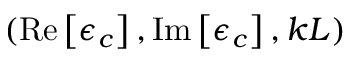
( \mathrm { R e } \left[ \epsilon _ { c } \right] , \mathrm { I m } \left[ \epsilon _ { c } \right] , k L )